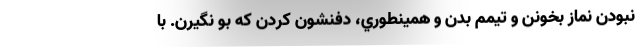
نبودن نماز بخونن و تيمم بدن و همينطوري، دفنشون كردن كه بو نگيرن. با